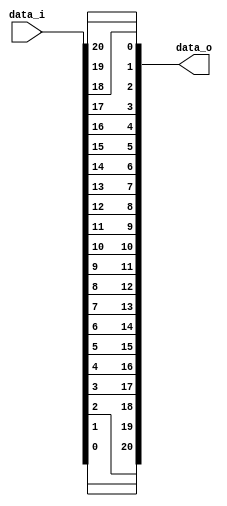
// This program was cloned from: https://github.com/IObundle/iob-soc
// License: MIT License

`timescale 1ns / 1ps

module iob_reverse #(
   parameter DATA_W = 21
) (
   input  [DATA_W-1:0] data_i,
   output [DATA_W-1:0] data_o
);

   genvar pos;
   generate
      for (pos = 0; pos < DATA_W; pos = pos + 1) begin : reverse
         assign data_o[pos] = data_i[(DATA_W-1)-pos];
      end
   endgenerate

endmodule